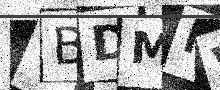
Text: TBDMNV